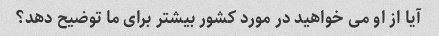
آیا از او می خواهید در مورد کشور بیشتر برای ما توضیح دهد؟